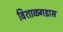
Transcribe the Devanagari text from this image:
विशाळगडास